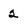
Character: 2